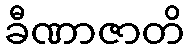
ခီဏာဇာတိ